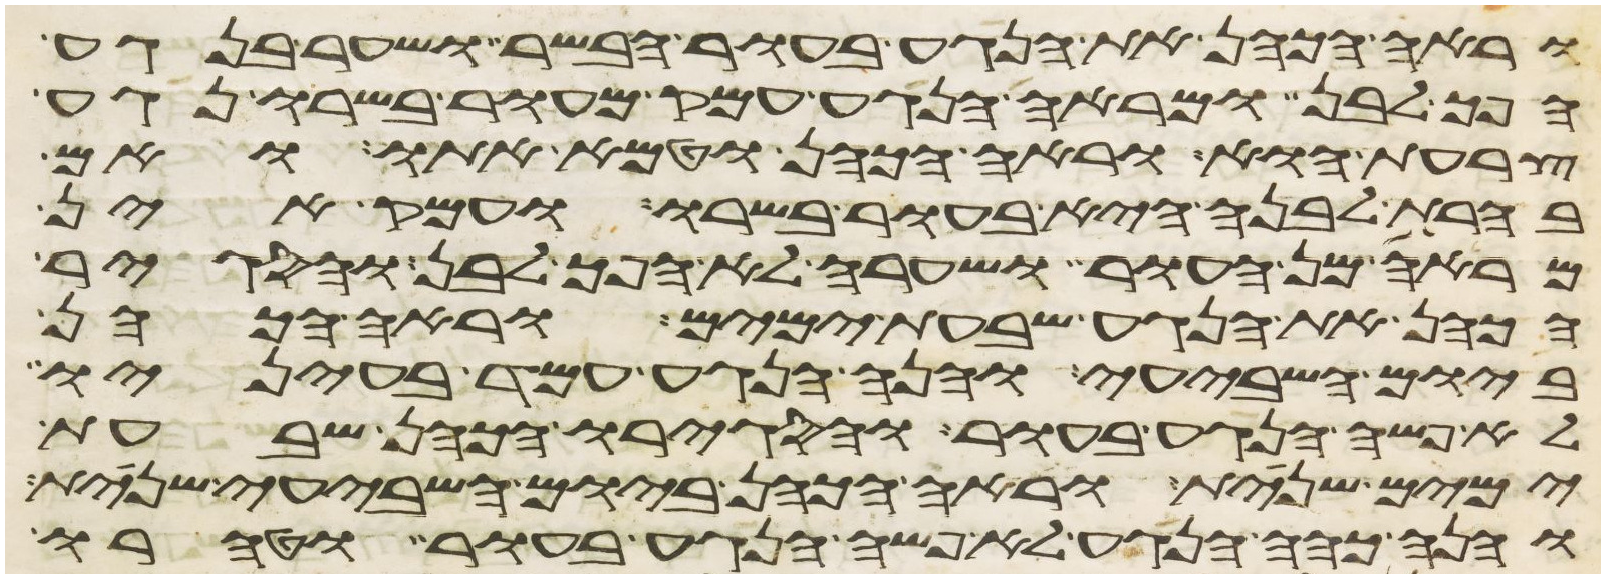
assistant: וראה הכהן את הנגע בעור הבשר ושער בנגע
הפך לבן ומראה הנגע עמק מעור בשרו נגע
צרעת הוא וראה הכהן וטמא אתו ואם
בהרת לבנה היא בעור בשרו ועמק אין
מראה מן העור ושערה לא הפך לבן והסגיר
הכהן את הנגע שבעת ימים וראה הכהן
ביום השביעי והנה הנגע עמד בעיניו
לא פשה הנגע בעור והסגירו הכהן שבעת
ימים שנית וראה הכהן ביום השביעי שנית
והנה כהה הנגע לא פשה הנגע בעור וטהרו